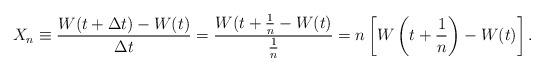
LaTeX: \begin{align*}X_{n} \equiv \frac{W(t + \Delta t) - W(t)}{\Delta t} = \frac{W(t + \frac{1}{n} - W(t)}{\frac{1}{n}} = n \left[W \left(t + \frac{1}{n}\right) - W(t)\right].\end{align*}